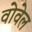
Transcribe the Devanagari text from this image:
वोवेल